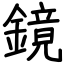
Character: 鏡